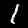
Label: 1